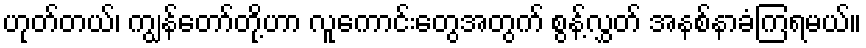
ဟုတ်တယ်၊ ကျွန်တော်တို့ဟာ လူကောင်းတွေအတွက် စွန့်လွှတ် အနစ်နာခံကြရမယ်။